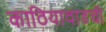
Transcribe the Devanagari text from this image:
काठियावाडची